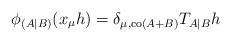
LaTeX: \begin{align*}\phi_{(A|B)}(x_\mu h)=\delta_{\mu,{\rm co}(A+B)} T_{A|B}h\end{align*}